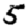
Digit: 5